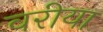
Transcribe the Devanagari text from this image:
वरीया